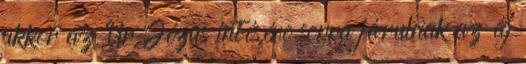
akkor az Úr Jézus intésére sorra járulnak az ég